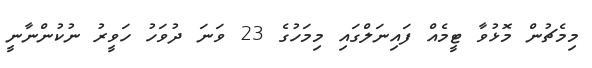
މިމެޗުން މޮޅުވާ ޓީމެއް ފައިނަލްގައި މިމަހުގެ 23 ވަނަ ދުވަހު ހަވީރު ނުކުންނާނީ